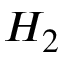
H _ { 2 }